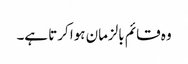
وہ قائم بالزمان ہوا کرتا ہے۔